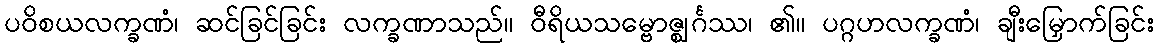
ပဝိစယလက္ခဏံ၊ ဆင်ခြင်ခြင်း လက္ခဏာသည်။ ဝီရိယသမ္ဗောဇ္ဈင်္ဂဿ၊ ၏။ ပဂ္ဂဟလက္ခဏံ၊ ချီးမြှောက်ခြင်း